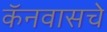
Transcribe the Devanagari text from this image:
कॅनवासचे